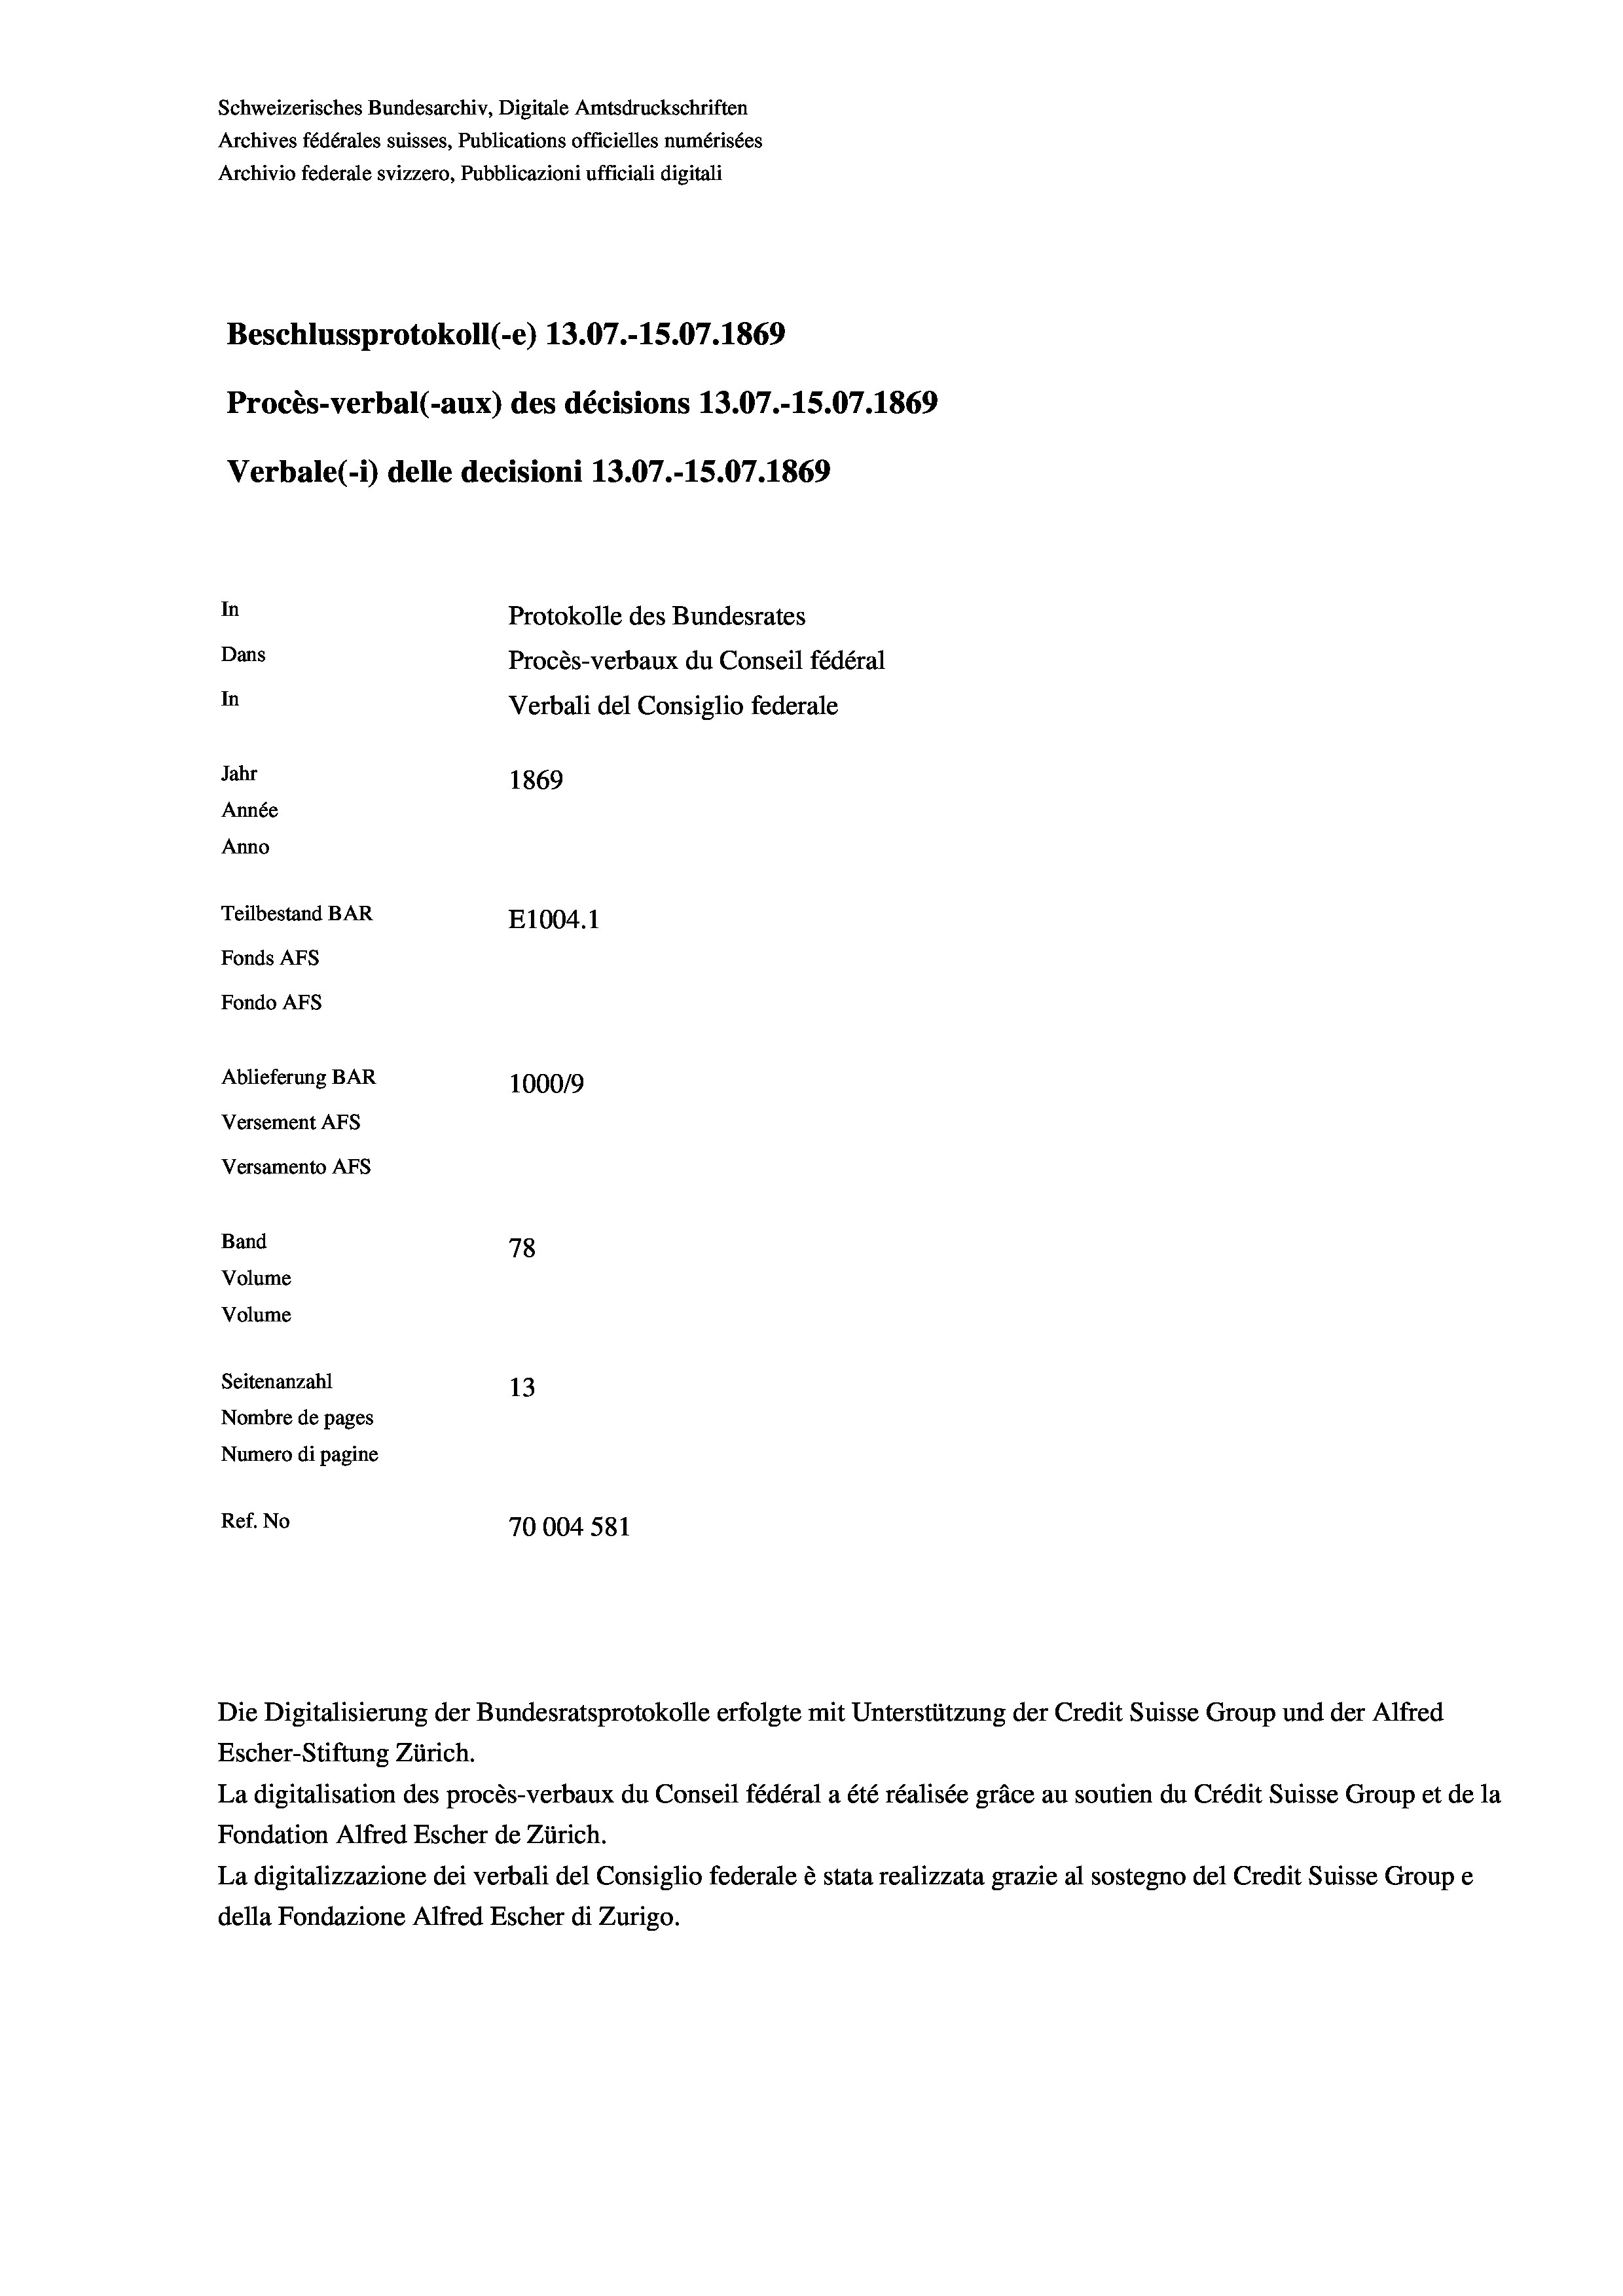
Beschlussprotokoll (-e) 13.07.-15.07. 1869
Procès-verbal (-aux) des décisions 13.07.-15.07. 1869
In
Protokolle des Bundesrates
Dans
Procès-verbaux du Conseil fédéral
In
Verbali del Consiglio federale
Jahr
1869
Année
Anno
Teilbestand BAR
E1004. 1
Fonds AFs
Fondo AFs

Ablieferung BAR
Versement AFs
Versamento AFs
Band
Volume
Volume

Schweizerisches Bundesarchiv, Digitale Amtsdruckschriften
Archives fédérales suisses, Publications officielles numérisées
Archivio federale svizzero, Pubblicazioni ufficiali digitali

Verbale(*) delle decisioni 13.07.-15.07. 1869

78
Seitenanzahl
13
Nombre de pages
Numero di pagine
Ref. No
70004 581

100019

Escher-Stiftung Zürich.
La digitalisation des procès-verbaux du Conseil fédéral a été réalisée gräce au soutien du Crédit Suisse Group et de la
Fondation Alfred Escher de Zürich.
La digitalizzazione dei verbali del Consiglio federale è stata realizzata grazie al sostegno del Credit Suisse Groupe
della Fondazione Alfred Escher di Zurigo.

Die Digitalisierung der Bundesratsprotokolle erfolgte mit Unterstützung der Credit Suisse Group und der Alfred